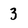
Character: 3